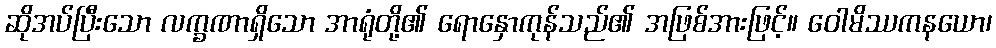
ဆိုအပ်ပြီးသော လက္ခဏာရှိသော အာရုံတို့၏ ရောနှောကုန်သည်၏ အဖြစ်အားဖြင့်။ ဝေါမိဿကနယော၊